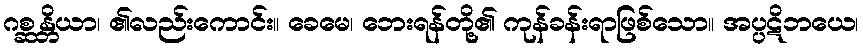
ဂစ္ဆန္တိယာ၊ ၏လည်းကောင်း။ ခေမေ၊ ဘေးရန်တို့၏ ကုန်ခန်းရာဖြစ်သော။ အပ္ပဋိဘယေ၊